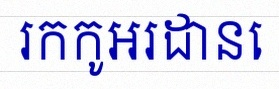
រកកូអរដោនេ